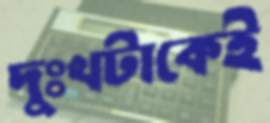
দুঃখটাকেই